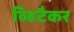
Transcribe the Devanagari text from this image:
व्हिटैकर